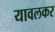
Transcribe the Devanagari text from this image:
यावलकर